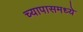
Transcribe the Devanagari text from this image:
च्यापासमध्ये